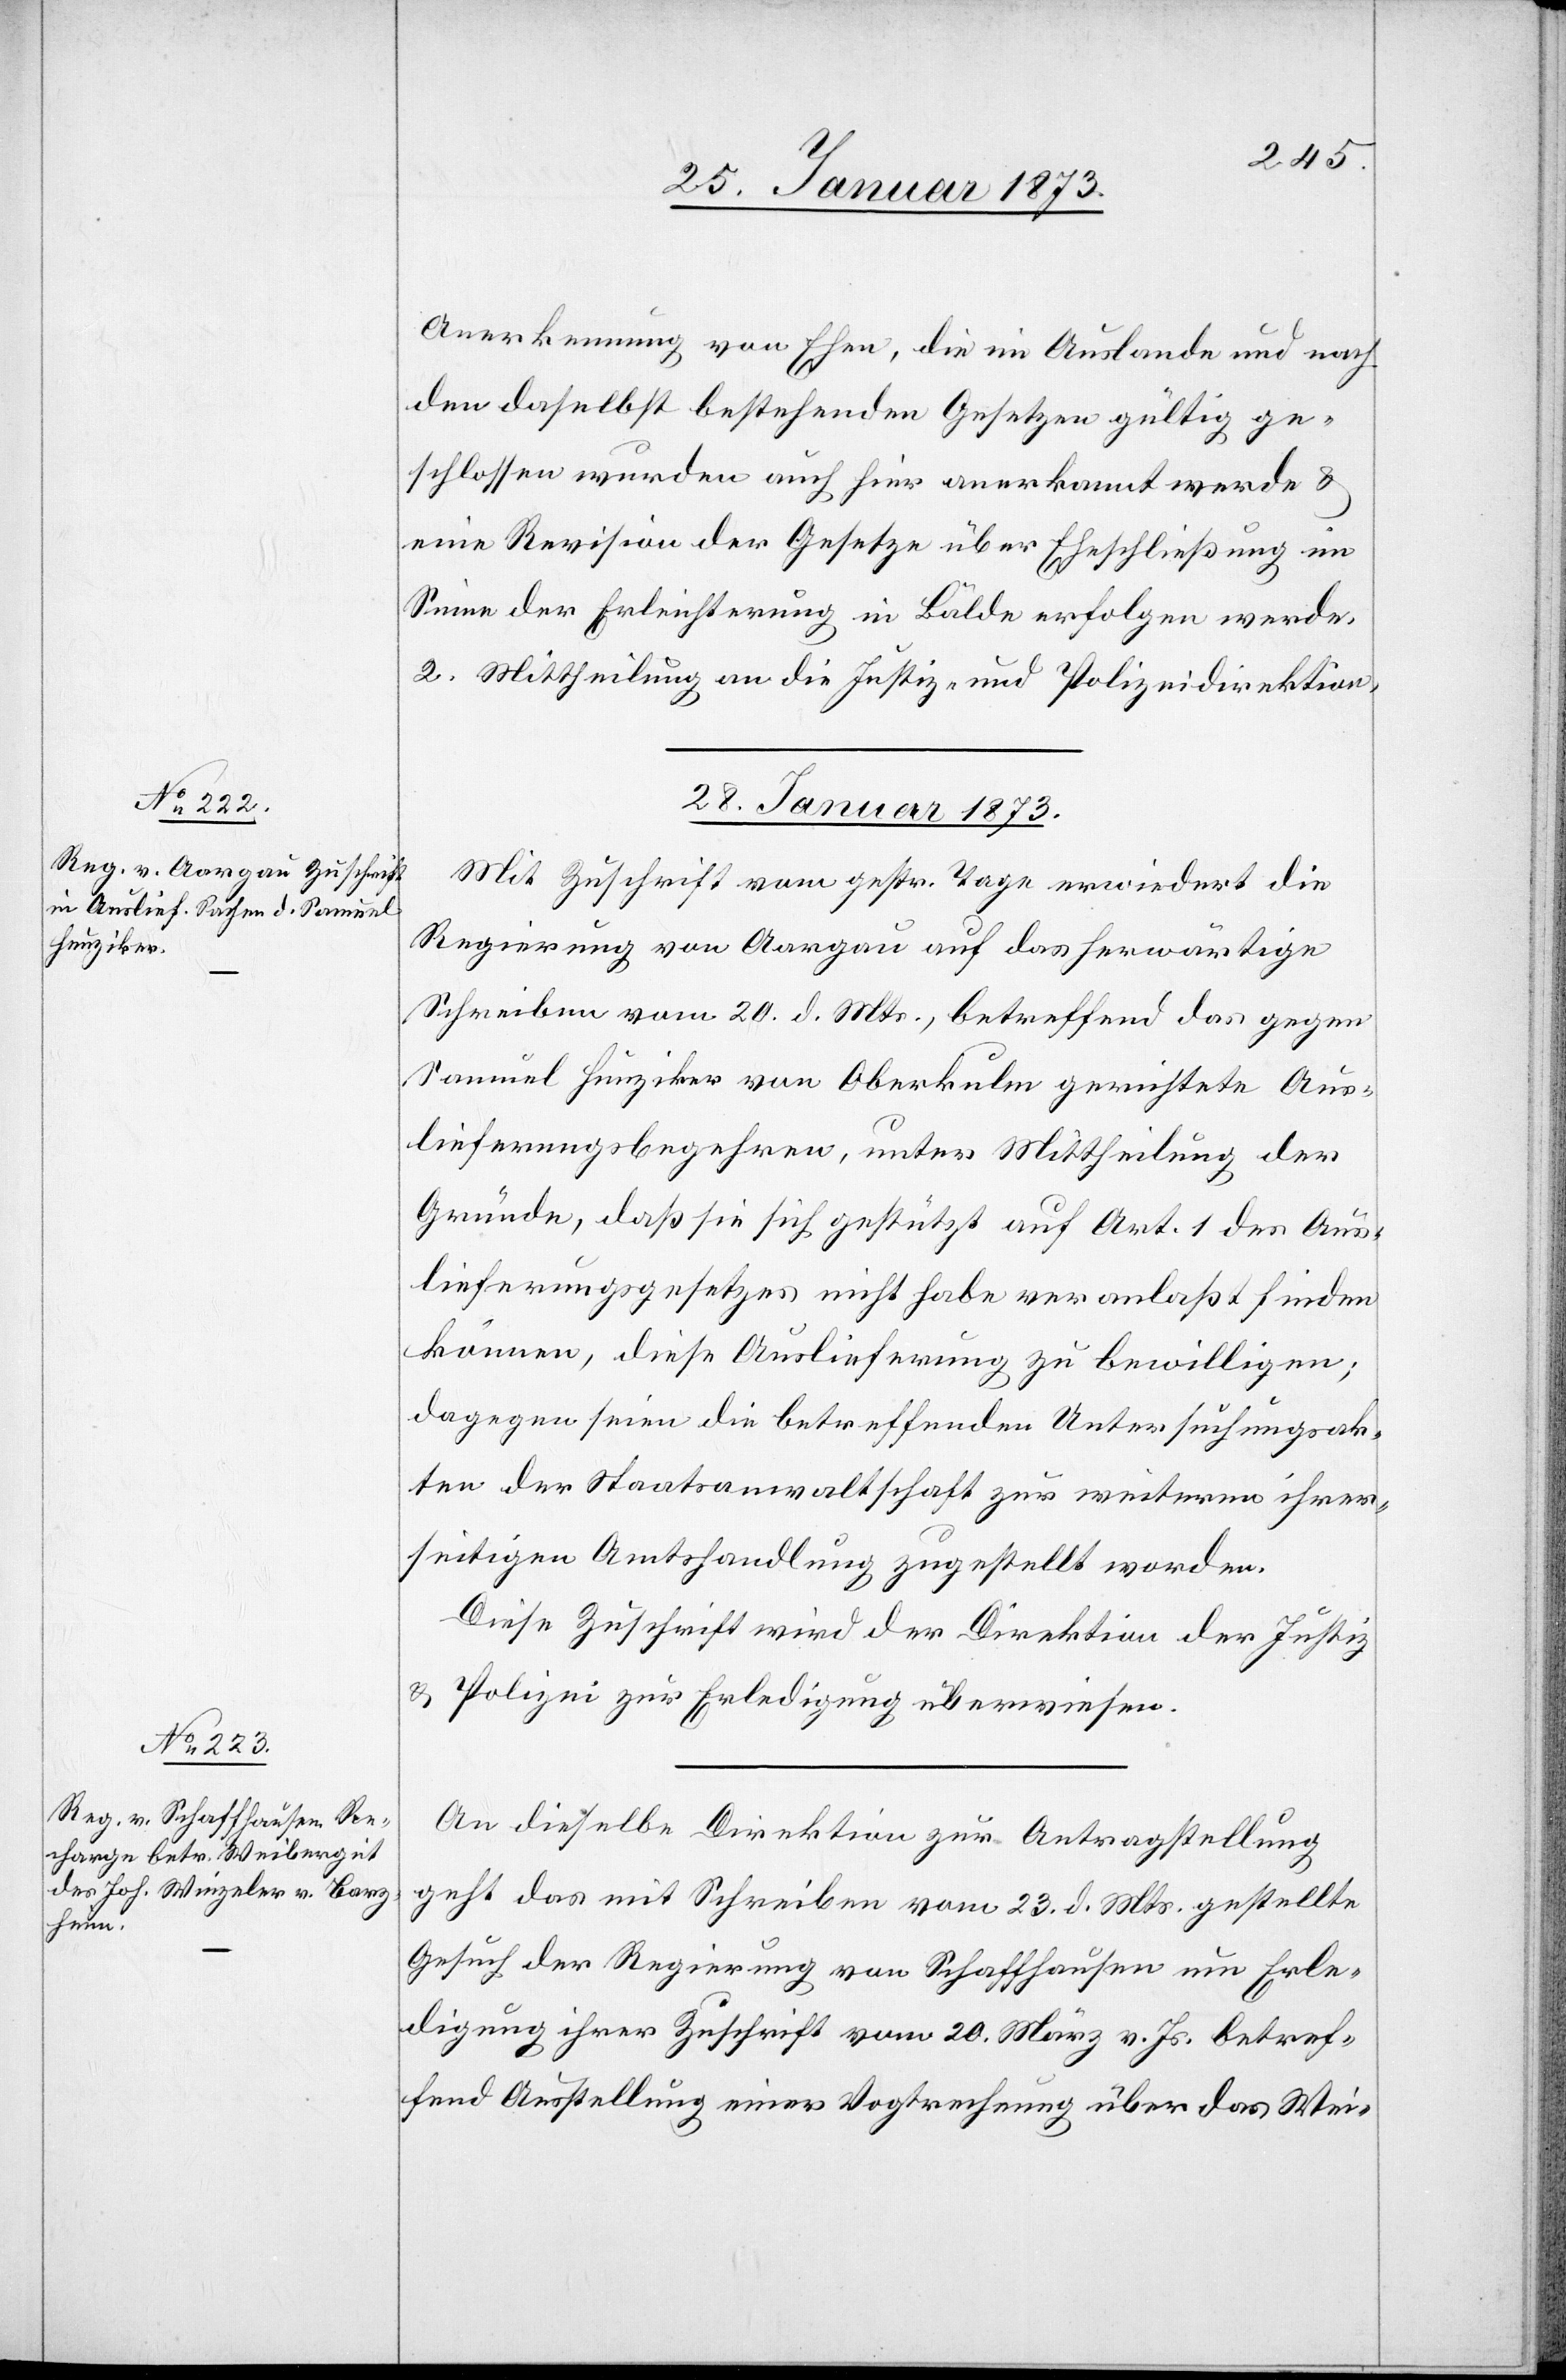
Anerkennung von Ehen, die im Auslande und nach
den daselbst bestehenden Gesetzen gültig ge¬
schlossen wurden auch hier anerkannt werde u.
eine Revision der Gesetze über Eheschließung im
Sinne der Erleichterung in Bälde erfolgen werde.
2. Mittheilung an die Justiz- und Polizeidirektion.
28. Januar 1873.]
Mit Zuschrift vom gestr. Tage erwiedert die
Regierung von Aargau auf das herwärtige
Schreiben vom 20. d. Mts., betreffend das gegen
Samuel Hunziker von Oberkulm gerichtete Aus¬
lieferungsbegehren, unter Mittheilung der
Gründe, daß sie sich gestützt auf Art. 1 des Aus¬
lieferungsgesetzes nicht habe veranlaßt finden
können, diese Auslieferung zu bewilligen;
dagegen seien die betreffenden Untersuchungsak¬
ten der Staatsanwaltschaft zur weiteren ihrer¬
seitigen Amtshandlung zugestellt worden.
Diese Zuschrift wird der Direktion der Justiz
u. Polizei zur Erledigung überwiesen.
An dieselbe Direktion zur Antragstellung
geht das mit Schreiben vom 23. Mts. gestellte
Gesuch der Regierung von Schaffhausen um Erle¬
digung ihrer Zuschrift vom 20. März v. Js. betref¬
fend Ausstellung einer Vogtrechnung über das Wei-